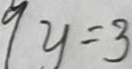
9 y = 3